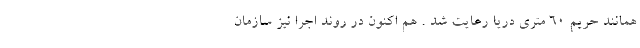
همانند حریم 60 متری دریا رعایت شد . هم اکنون در روند اجرا نیز سازمان